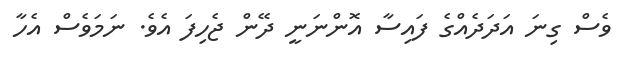
ވެސް ގިނަ އަދަދެއްގެ ފައިސާ އޮންނަނީ ދޭން ޖެހިފަ އެވެ. ނަމަވެސް އެހާ